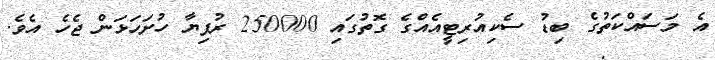
އެ މަސައްކަތުގެ ބިޑު ސެކިއުރިޓީއެއްގެ ގޮތުގައި 250000 ރުފިޔާ ހުށަހަޅަން ޖެހެ އެވެ.